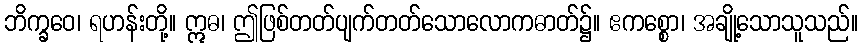
ဘိက္ခဝေ၊ ရဟန်းတို့။ ဣဓ၊ ဤဖြစ်တတ်ပျက်တတ်သောလောကဓာတ်၌။ ဧကစ္စော၊ အချို့သောသူသည်။